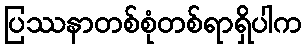
ပြဿနာတစ်စုံတစ်ရာရှိပါက